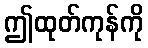
ဤထုတ်ကုန်ကို